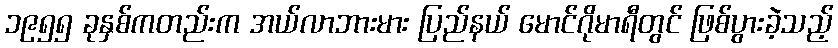
၁၉၅၅ ခုနှစ်ကတည်းက အယ်လာဘားမား ပြည်နယ် မောင်ဂိုမာရီတွင် ဖြစ်ပွားခဲ့သည့်